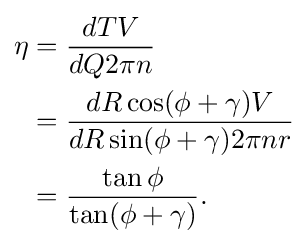
{\begin{aligned}\eta &={\frac {dTV}{dQ2\pi n}}\\&={\frac {dR\cos(\phi +\gamma )V}{dR\sin(\phi +\gamma )2\pi nr}}\\&={\frac {\tan \phi }{\tan(\phi +\gamma )}}.\end{aligned}}